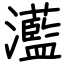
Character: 灆